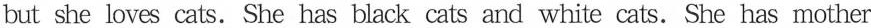
but she loves cats.She has black cats and white cats.She has mother